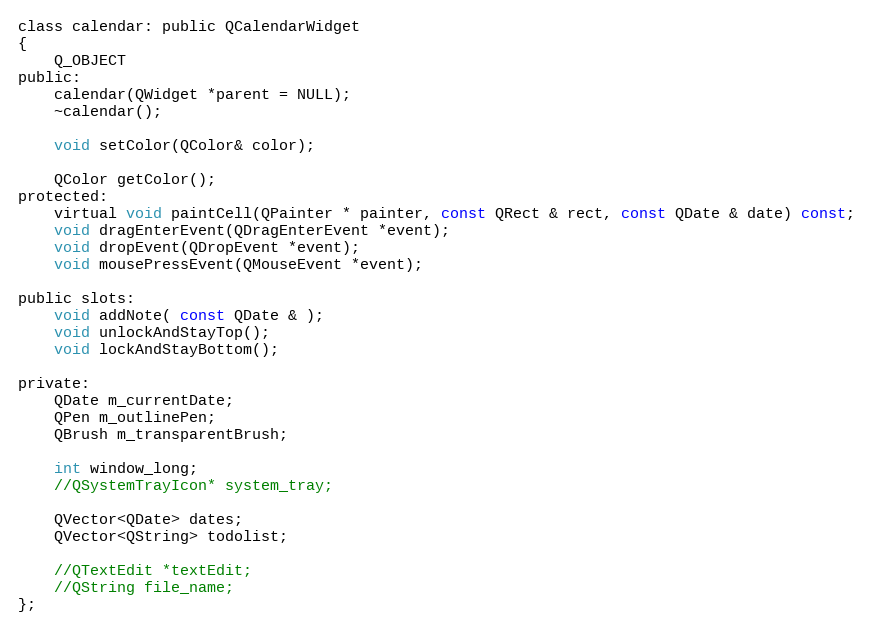
Language: C
class calendar: public QCalendarWidget
{
    Q_OBJECT
public:
    calendar(QWidget *parent = NULL);
    ~calendar();

    void setColor(QColor& color);

    QColor getColor();
protected:
    virtual void paintCell(QPainter * painter, const QRect & rect, const QDate & date) const;
    void dragEnterEvent(QDragEnterEvent *event);
    void dropEvent(QDropEvent *event);
    void mousePressEvent(QMouseEvent *event);

public slots:
    void addNote( const QDate & );
    void unlockAndStayTop();
    void lockAndStayBottom();

private:
    QDate m_currentDate;
    QPen m_outlinePen;
    QBrush m_transparentBrush;

    int window_long;
    //QSystemTrayIcon* system_tray;

    QVector<QDate> dates;
    QVector<QString> todolist;

    //QTextEdit *textEdit;
    //QString file_name;
};